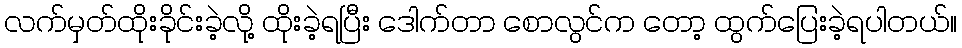
လက်မှတ်ထိုးခိုင်းခဲ့လို့ ထိုးခဲ့ရပြီး ဒေါက်တာ စောလွင်က တော့ ထွက်ပြေးခဲ့ရပါတယ်။